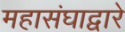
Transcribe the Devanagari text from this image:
महासंघाद्वारे